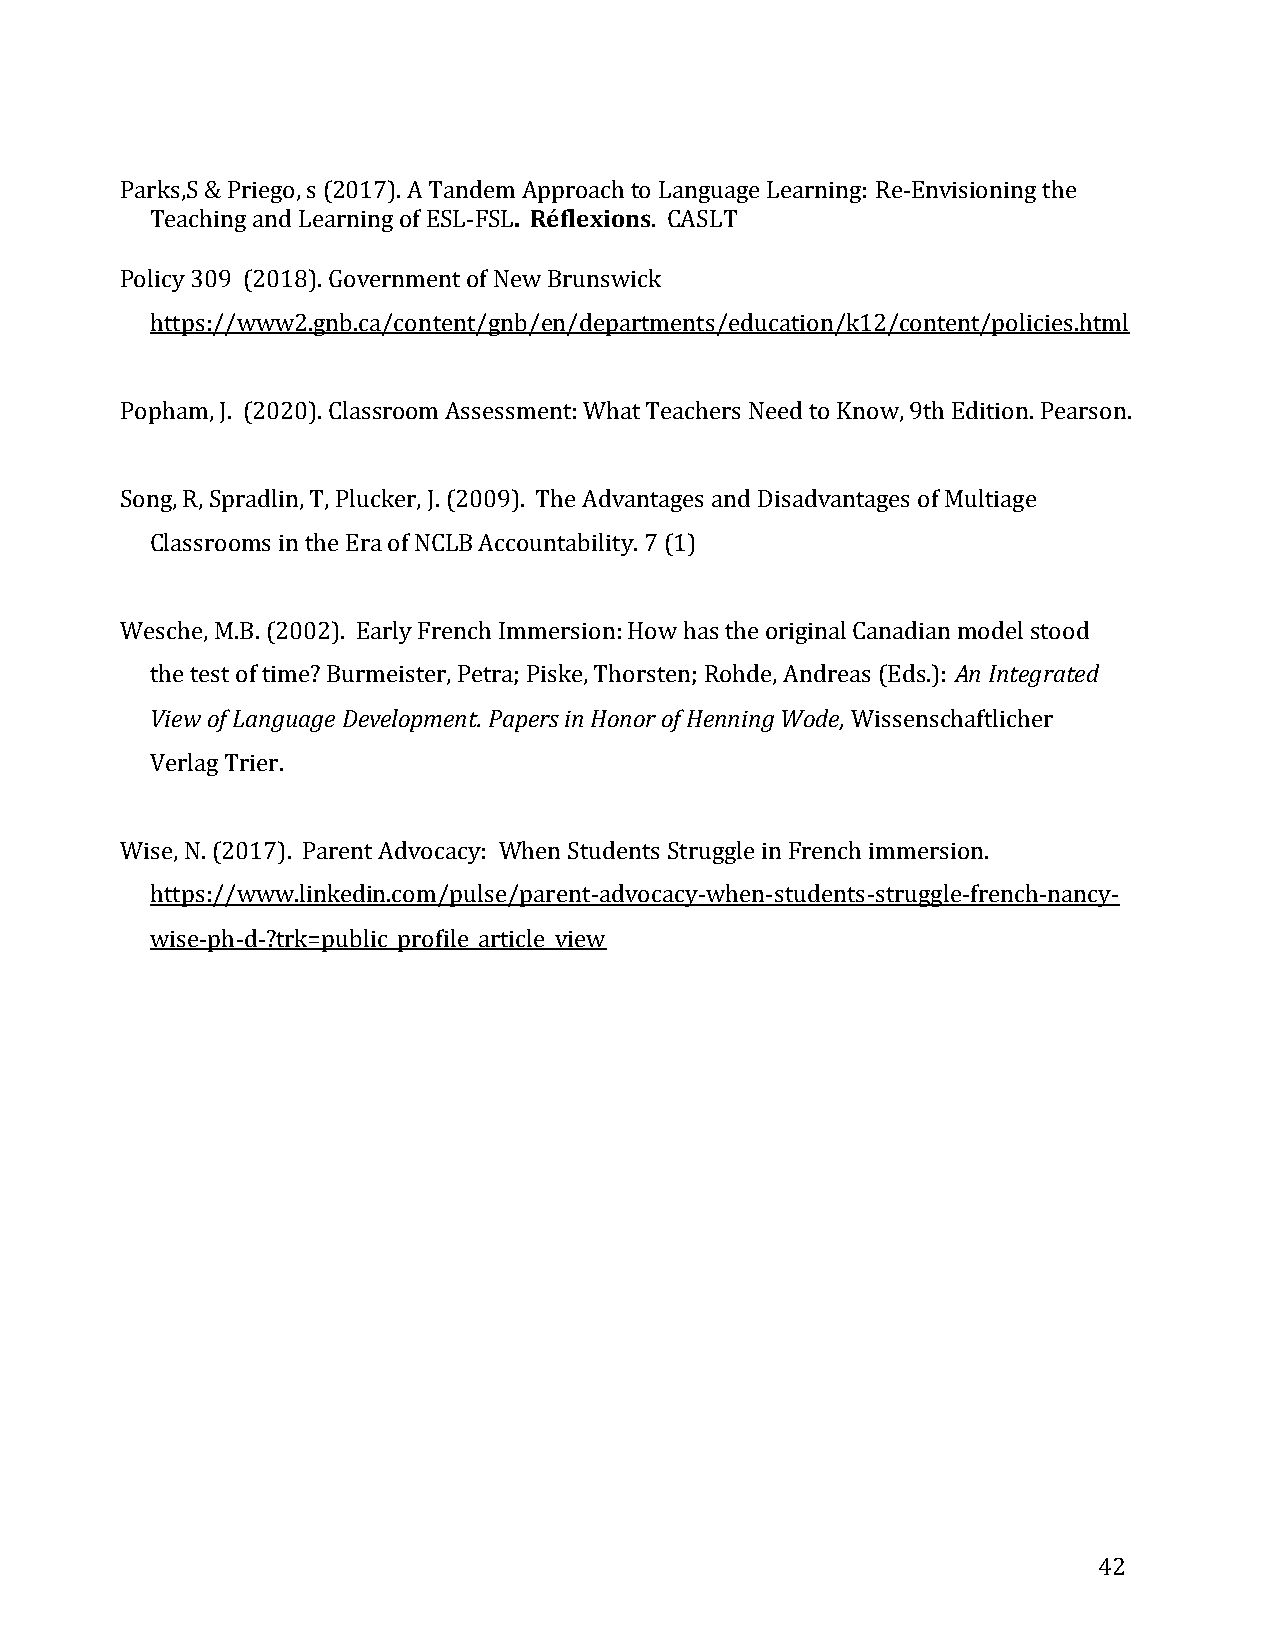
Parks,S & Priego, s (2017). A Tandem Approach to Language Learning: Re-Envisioning the
 Teaching and Learning of ESL-FSL. Réflexions. CASLT
 Policy 309 (2018). Government of New Brunswick
 https://www2.gnb.ca/content/gnb/en/departments/education/k12/content/policies.html
 Popham, J. (2020). Classroom Assessment: What Teachers Need to Know, 9th Edition. Pearson.
 Song, R, Spradlin, T, Plucker, J. (2009). The Advantages and Disadvantages of Multiage
 Classrooms in the Era of NCLB Accountability. 7 (1)
 Wesche, M.B. (2002). Early French Immersion: How has the original Canadian model stood
 the test of time? Burmeister, Petra; Piske, Thorsten; Rohde, Andreas (Eds.): An Integrated
 View of Language Development. Papers in Honor of Henning Wode, Wissenschaftlicher
 Verlag Trier.
 Wise, N. (2017). Parent Advocacy: When Students Struggle in French immersion.
 https://www.linkedin.com/pulse/parent-advocacy-when-students-struggle-french-nancy-
 wise-ph-d-?trk=public_profile_article_view
 42